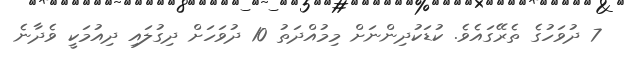
7 ދުވަހުގެ ތެރޭގައެވެ. ކުޑަކުދިންނަށް މިމުއްދަތު 10 ދުވަހަށް ދިގުލައި ދިއުމަކީ ވެދާނެ